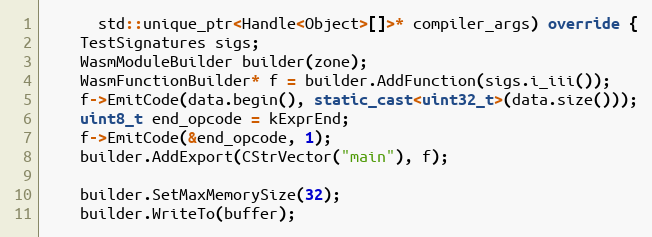
Language: C++
      std::unique_ptr<Handle<Object>[]>* compiler_args) override {
    TestSignatures sigs;
    WasmModuleBuilder builder(zone);
    WasmFunctionBuilder* f = builder.AddFunction(sigs.i_iii());
    f->EmitCode(data.begin(), static_cast<uint32_t>(data.size()));
    uint8_t end_opcode = kExprEnd;
    f->EmitCode(&end_opcode, 1);
    builder.AddExport(CStrVector("main"), f);

    builder.SetMaxMemorySize(32);
    builder.WriteTo(buffer);